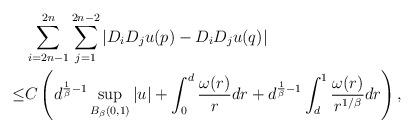
LaTeX: \begin{align*}& \sum_{i=2n-1}^{ 2n} \sum_{j=1}^{2n-2} \left| D_iD_j u(p) - D_iD_j u(q) \right| \\ \leq & C \left( d^{\frac{1}{\beta}-1} \sup_{B_\beta(0,1)} |u| + \int_0^d \frac{ \omega(r)}{r} dr + d^{\frac{1}{\beta} -1} \int_d^1 \frac{\omega( r)}{r^{1/\beta}} dr \right),\end{align*}